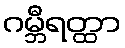
ဂမ္ဘီရတ္ထာ